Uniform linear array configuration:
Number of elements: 4
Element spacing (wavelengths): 1
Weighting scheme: kaiser
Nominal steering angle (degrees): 60
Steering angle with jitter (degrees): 58.859
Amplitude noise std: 0.05
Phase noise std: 0.05

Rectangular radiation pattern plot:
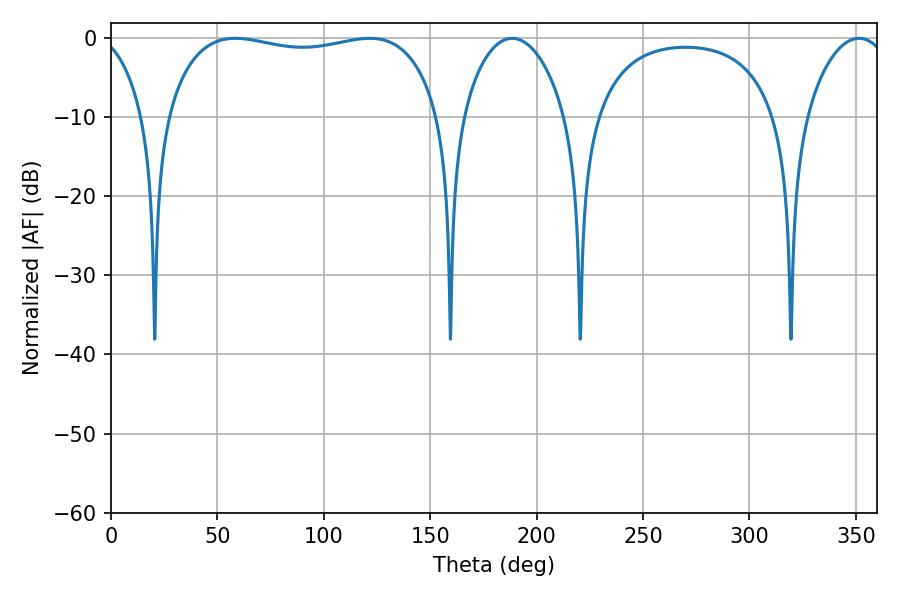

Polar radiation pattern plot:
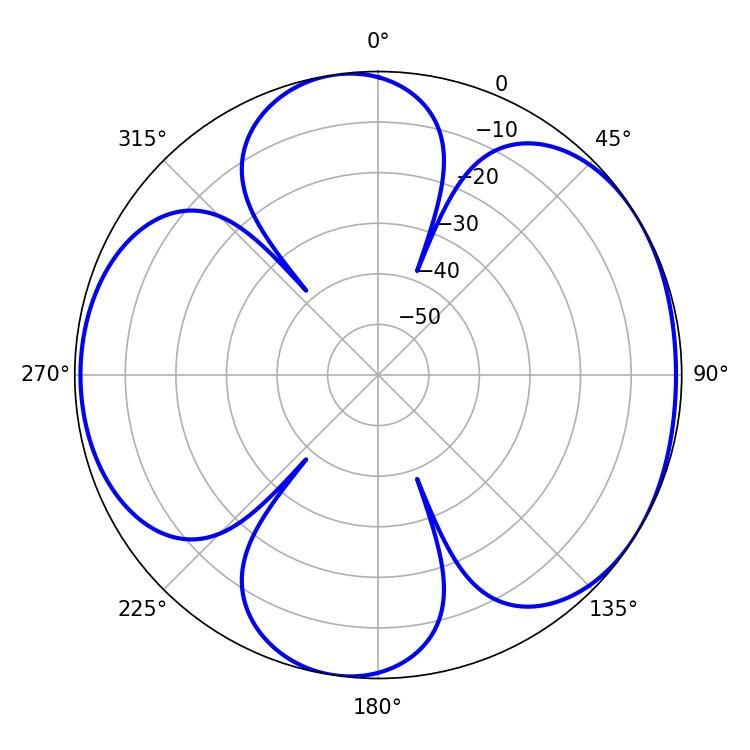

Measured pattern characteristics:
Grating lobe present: TRUE
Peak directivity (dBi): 5.557
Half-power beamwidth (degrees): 104.04
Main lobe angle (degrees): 58.5